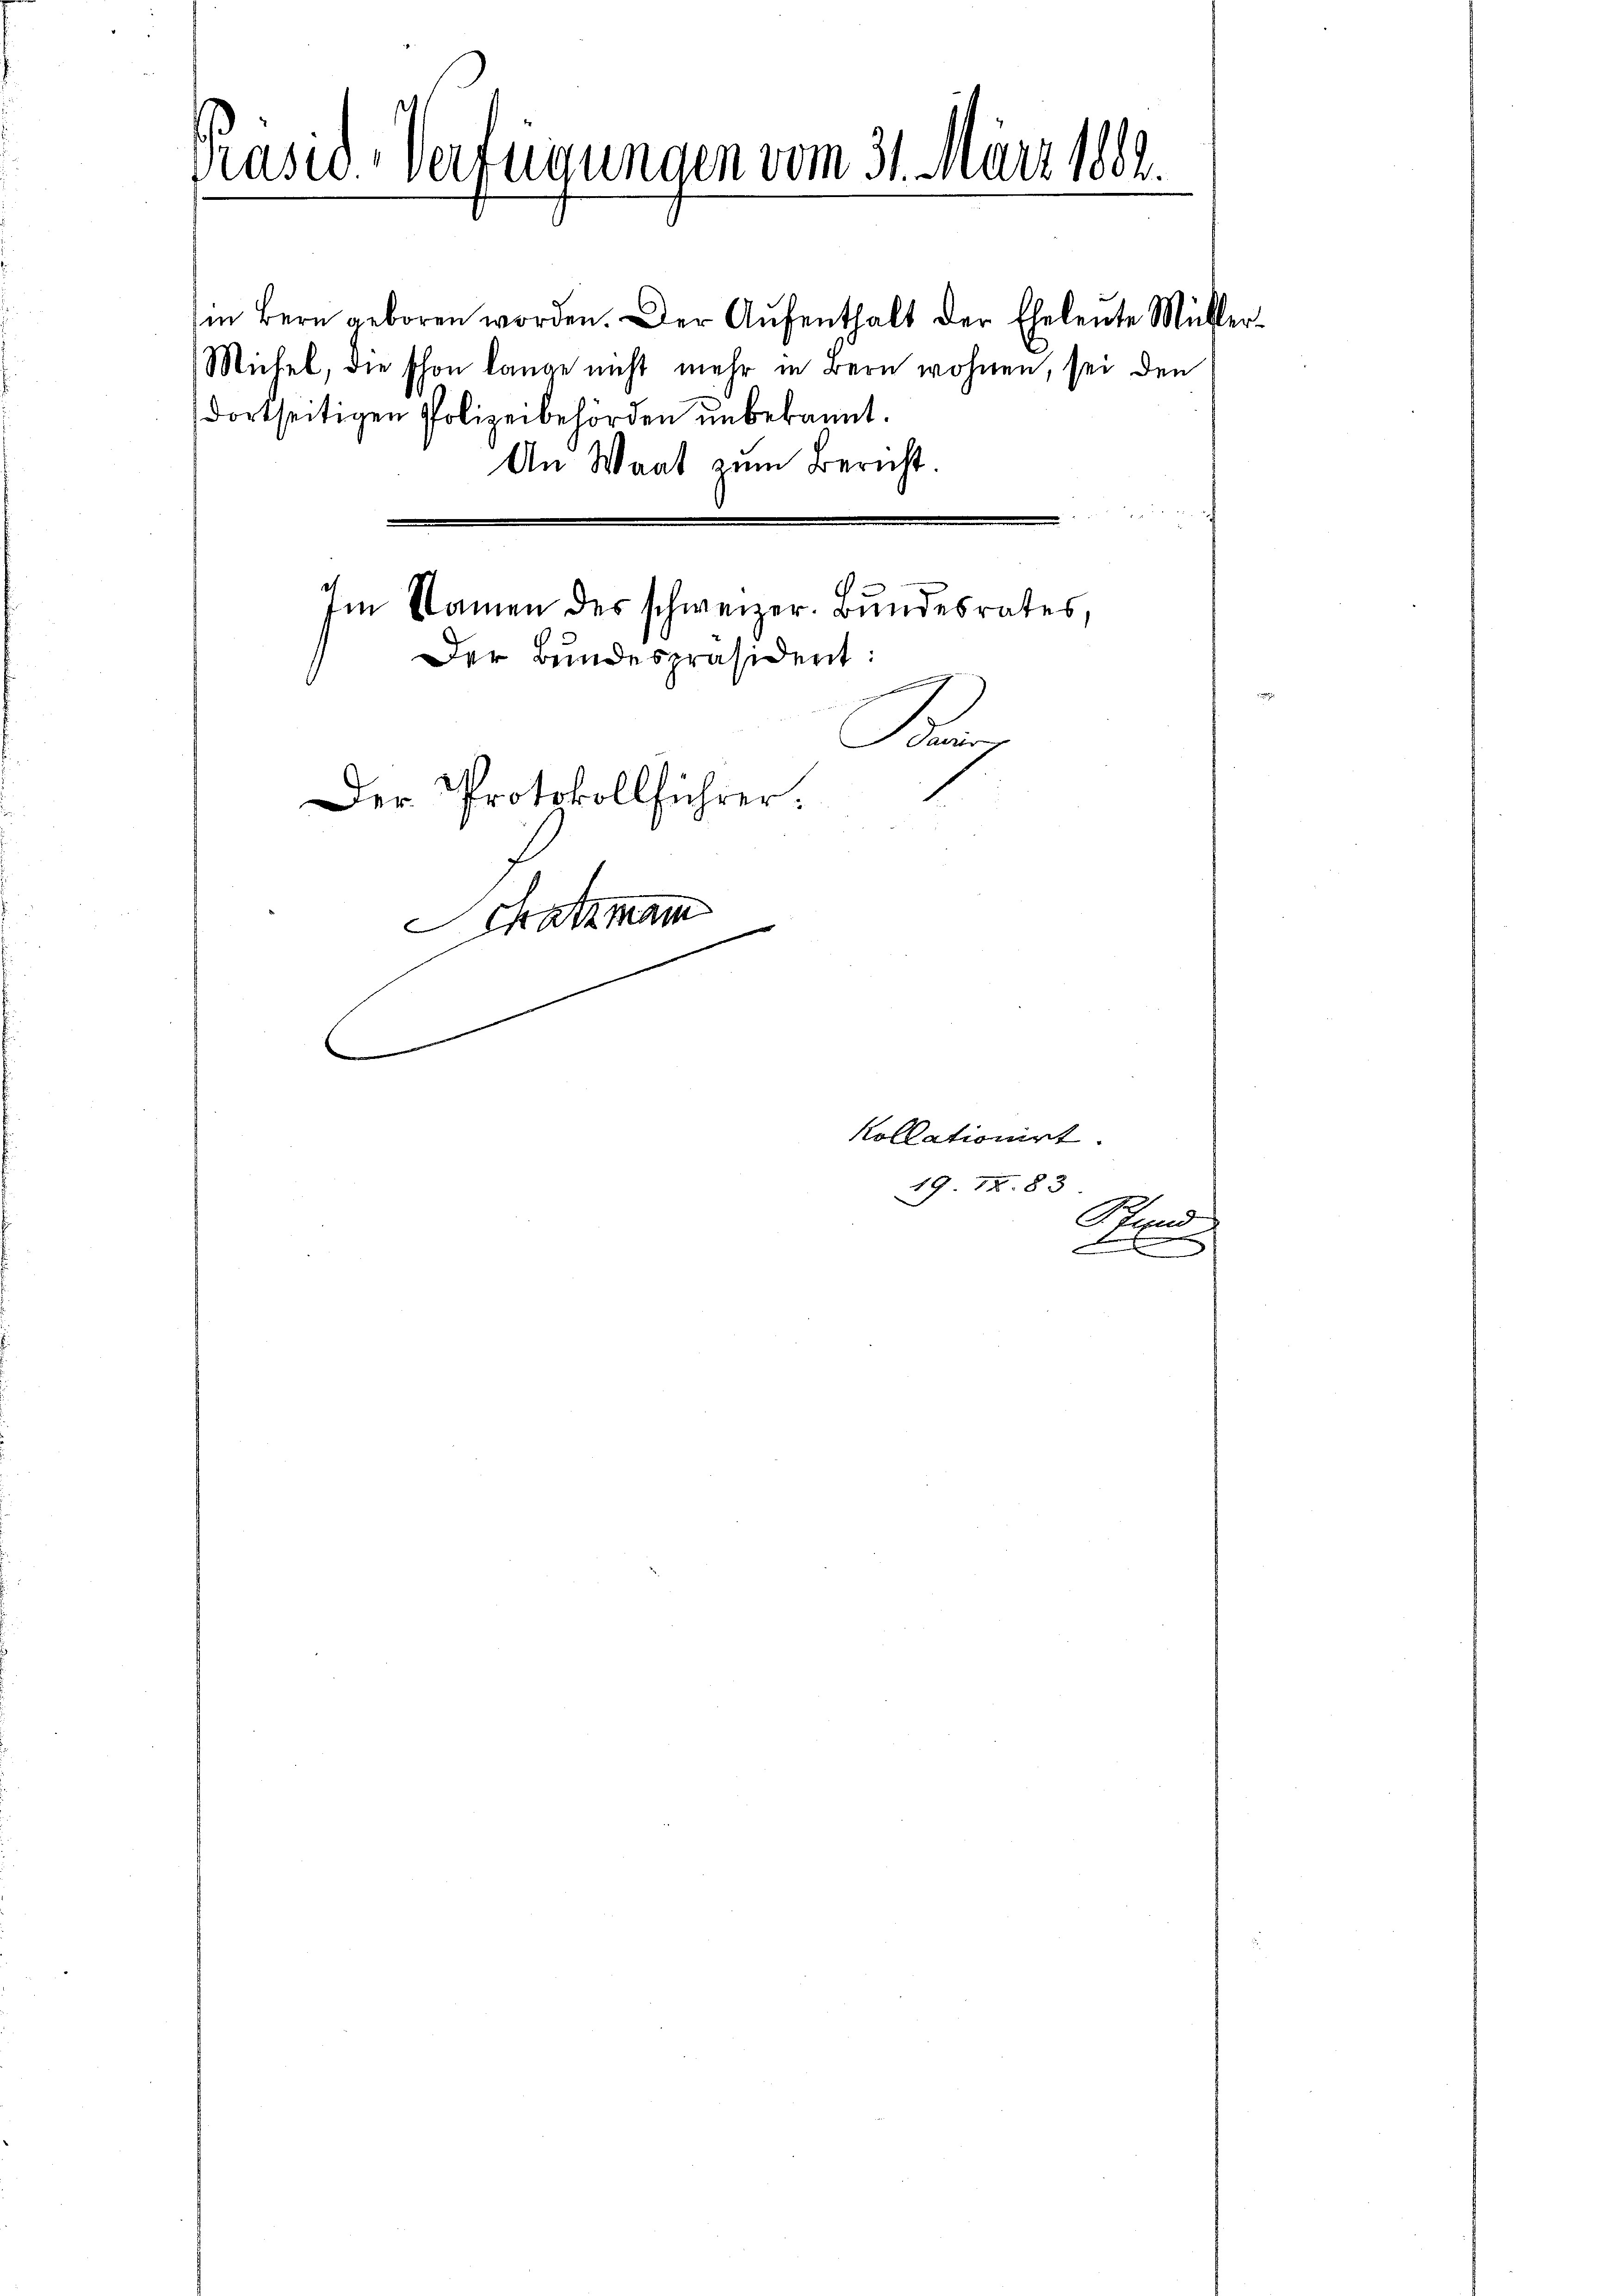
Präsid. Verfügungen vom 31. März 1882.

in Bern geboren worden. Der Aŭfenthalt der Eheleute Müller-
Müchel, die schon lange nicht mehr in Bern wohnen, sei den
dortseitigen Polizeibehörden unbekannt.
An Waat zum Bericht.

Im Namen des schweizer. Bundesrates,
Der Bundespräsident:
.
Bavier
Der Protokollführer.
Schatzmann

Kollationirt.
19 72. 83
Pfund
e